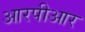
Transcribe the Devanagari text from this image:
आरपीआर